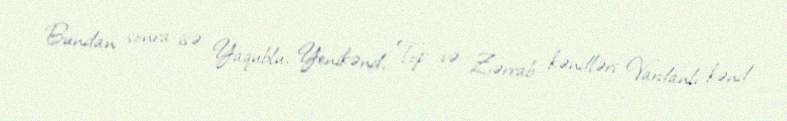
Bundan sonra isə Yaqublu, Yenikənd, Top və Zərrab kəndləri Vardanlı kənd